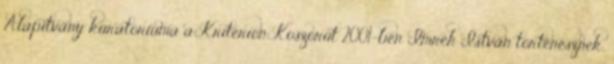
Alapítvány kuratóriuma a Kriterion Koszorút 2001-ben Imreh István történésznek,